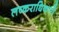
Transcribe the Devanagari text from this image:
लष्कराधिकारी